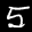
Label: 5